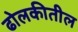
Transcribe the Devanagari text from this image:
ढोलकीतील